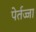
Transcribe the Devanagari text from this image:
पेर्तज्जा